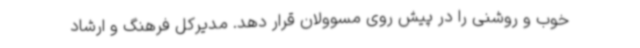
خوب و روشنی را در پیش روی مسوولان قرار دهد. مدیرکل فرهنگ و ارشاد